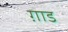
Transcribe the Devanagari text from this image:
ग़ाड